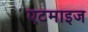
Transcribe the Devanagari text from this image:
एटमाइज